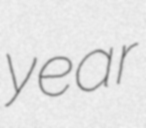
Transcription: year